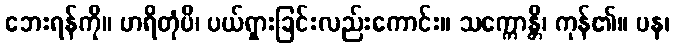
ဘေးရန်ကို။ ဟရိတုံပိ၊ ပယ်ရှားခြင်းလည်းကောင်း။ သက္ကောန္တိ၊ ကုန်၏။ ပန၊